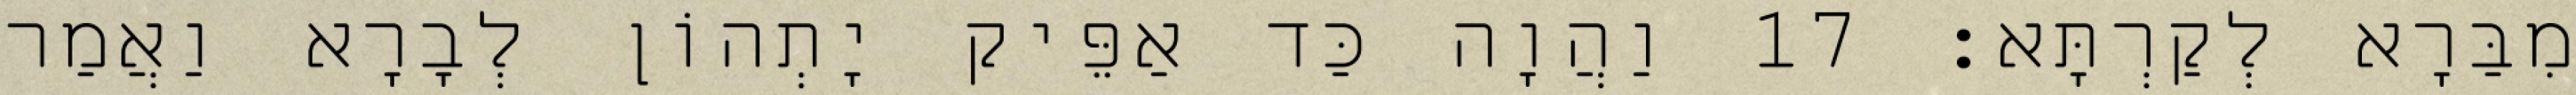
מִבַּרָא לְקַרְתָּא׃ 17 וַהֲוָה כַּד אַפֵּיק יָתְהוֹן לְבָרָא וַאֲמַר